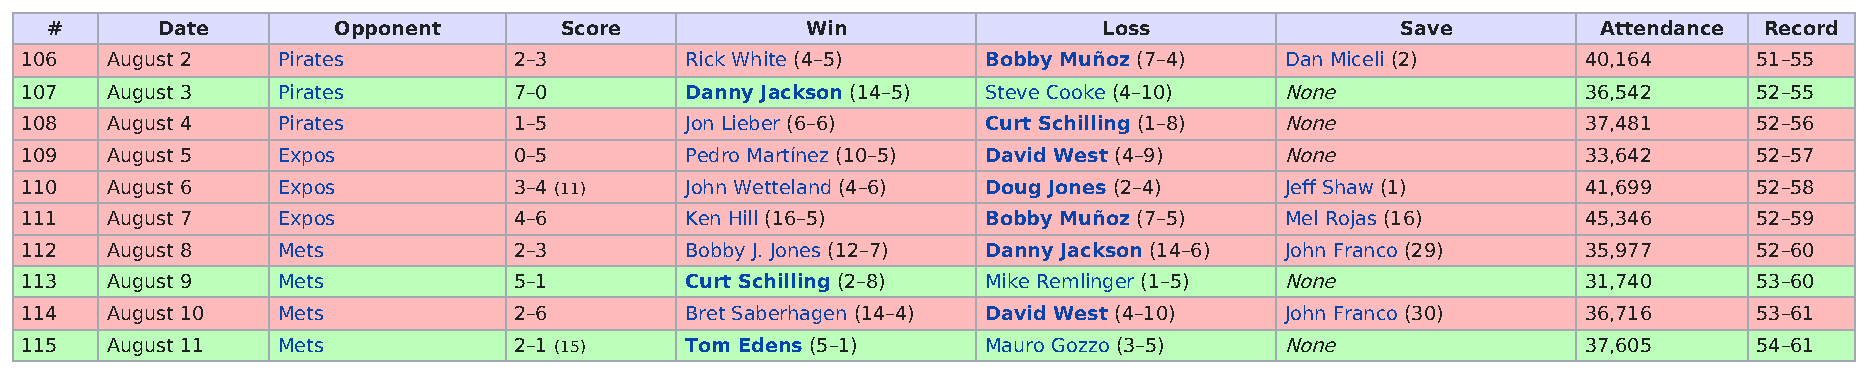
#      Date        Opponent       Score           Win                 Loss                Save         Attendance Record
 106   August 2   Pirates         2–3        Rick White (4–5)    Bobby Muñoz (7–4)   Dan Miceli (2)      40,164     51–55
 107   August 3   Pirates         7–0        Danny Jackson (14–5) Steve Cooke (4–10) None                36,542     52–55
 108   August 4   Pirates         1–5        Jon Lieber (6–6)    Curt Schilling (1–8) None               37,481     52–56
 109   August 5   Expos           0–5        Pedro Martínez (10–5) David West (4–9)  None                33,642     52–57
 110   August 6   Expos           3–4 (11)   John Wetteland (4–6) Doug Jones (2–4)   Jeff Shaw (1)       41,699     52–58
 111   August 7   Expos           4–6        Ken Hill (16–5)     Bobby Muñoz (7–5)   Mel Rojas (16)      45,346     52–59
 112   August 8   Mets            2–3        Bobby J. Jones (12–7) Danny Jackson (14–6) John Franco (29) 35,977     52–60
 113   August 9   Mets            5–1        Curt Schilling (2–8) Mike Remlinger (1–5) None              31,740     53–60
 114   August 10  Mets            2–6        Bret Saberhagen (14–4) David West (4–10) John Franco (30)   36,716     53–61
 115   August 11  Mets            2–1 (15)   Tom Edens (5–1)     Mauro Gozzo (3–5)   None                37,605     54–61